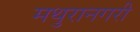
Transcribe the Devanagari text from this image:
मथुरानगरी